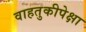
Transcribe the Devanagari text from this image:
वाहतुकीपेक्षा